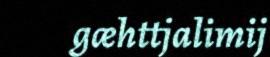
gæhttjalimij